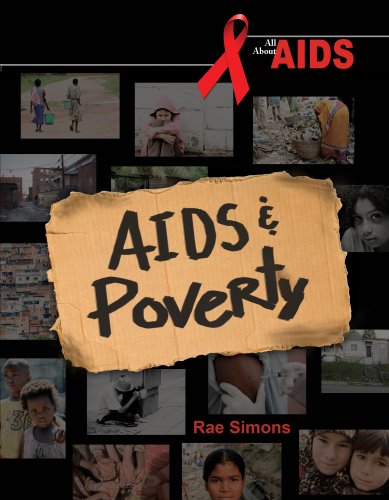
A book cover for AIDS & Poverty (All About Aids); Rae Simons; Teen & Young Adult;